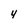
Character: 4